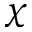
\mathbb { \chi }